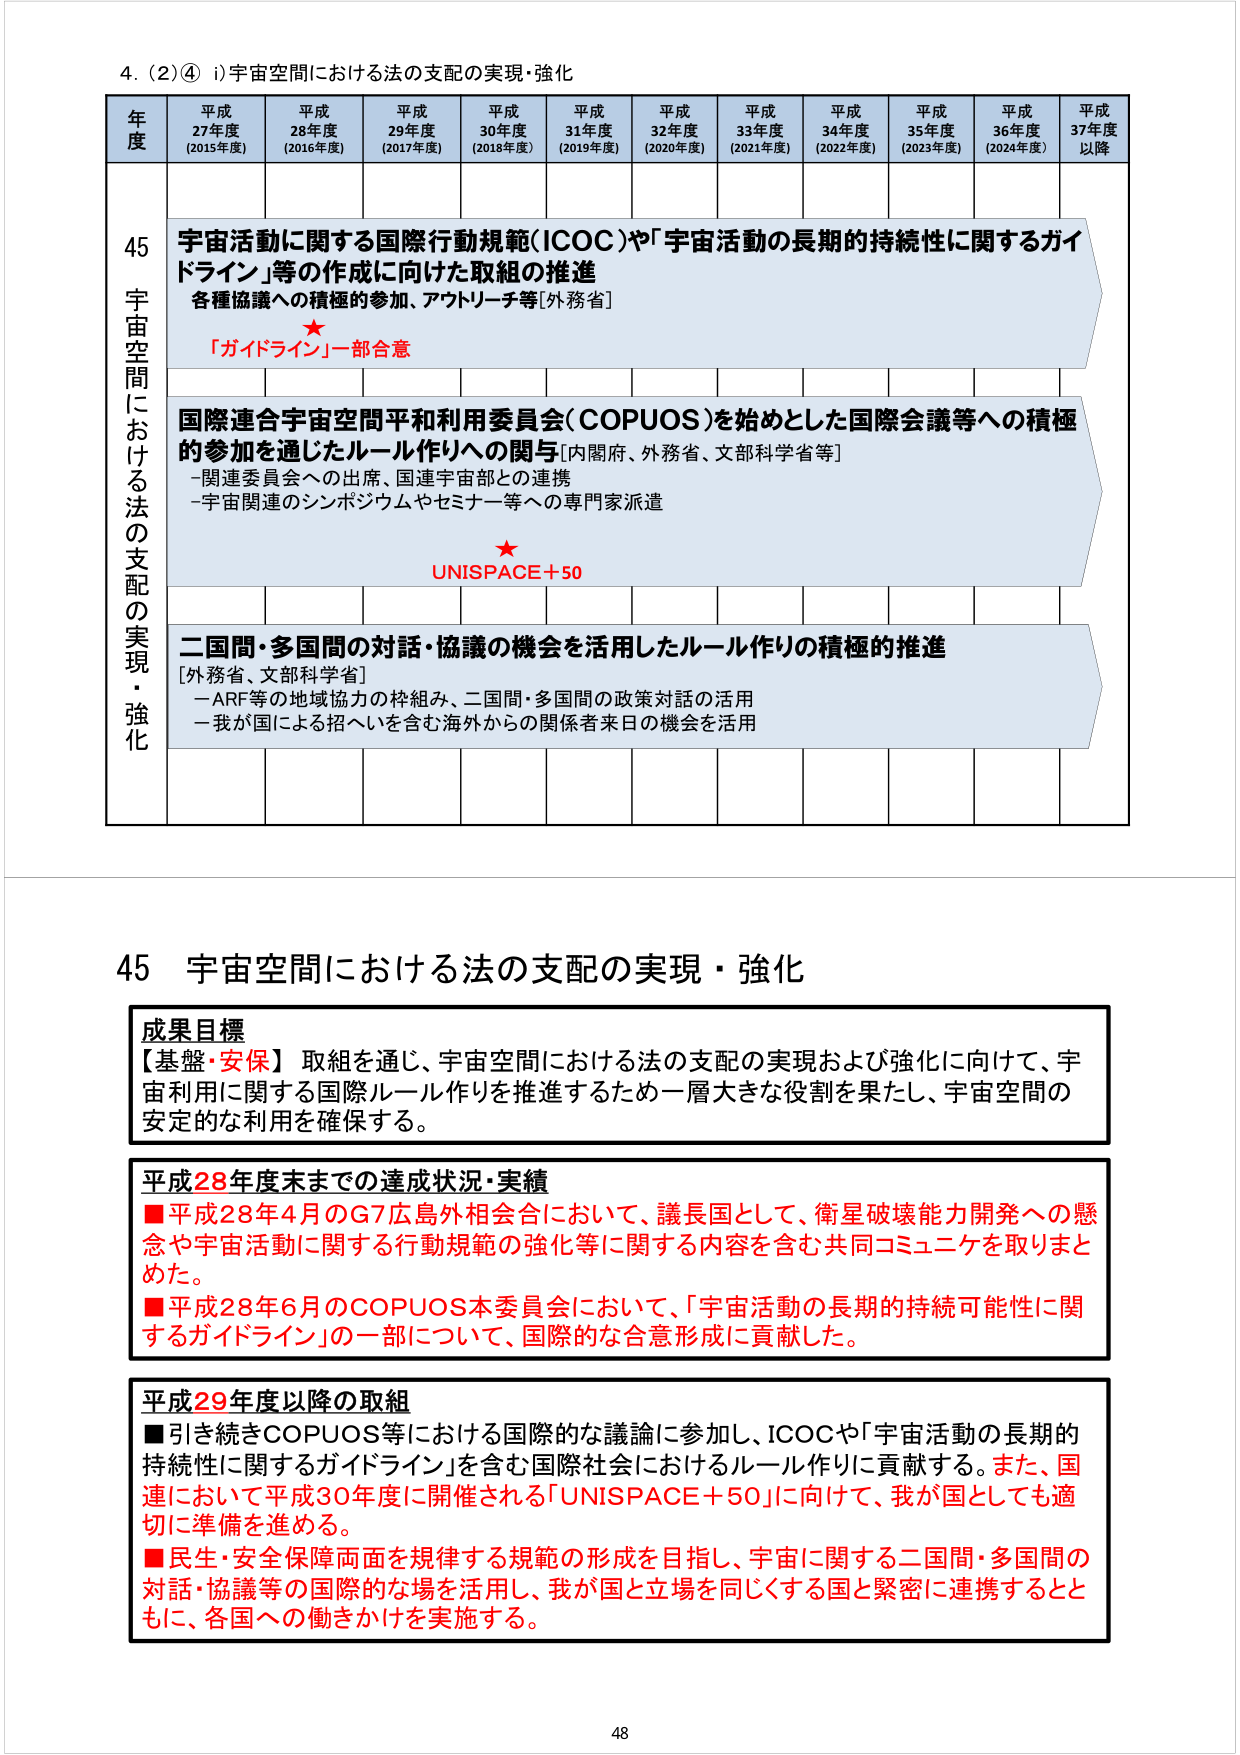
4. (2)④ i)宇宙空間における法の支配の実現・強化

年度 平成27年度 (2015年度) 平成28年度 (2016年度) 平成29年度 (2017年度) 平成30年度 (2018年度) 平成31年度 (2019年度) 平成32年度 (2020年度) 平成33年度 (2021年度) 平成34年度 (2022年度) 平成35年度 (2023年度) 平成36年度 (2024年度) 平成37年度以降

45 宇宙空間における法の支配の実現・強化

宇宙活動に関する国際行動規範(ICOC)や「宇宙活動の長期的持続性に関するガイドライン」等の作成に向けた取組の推進
各種協議への積極的参加、アウトリーチ等[外務省]
「ガイドライン」一部合意

国際連合宇宙空間平和利用委員会(COPUOS)を始めとした国際会議等への積極的参加を通じたルール作りへの関与[内閣府、外務省、文部科学省等]
- 関連委員会への出席、国連宇宙部との連携
- 宇宙関連のシンポジウムやセミナー等への専門家派遣
UNISPACE+50

二国間・多国間の対話・協議の機会を活用したルール作りの積極的推進
[外務省、文部科学省]
- ARF等の地域協力の枠組み、二国間・多国間の政策対話の活用
- 我が国による招へいを含む海外からの関係者来日の機会を活用

45 宇宙空間における法の支配の実現・強化

成果目標
【基盤・安保】取組を通じ、宇宙空間における法の支配の実現および強化に向けて、宇宙利用に関する国際ルール作りを推進するため一層大きな役割を果たし、宇宙空間の安定的な利用を確保する。

平成28年度末までの達成状況・実績
■平成28年4月のG7広島外相会合において、議長国として、衛星破壊能力開発への懸念や宇宙活動に関する行動規範の強化等に関する内容を含む共同コミュニケを取りまとめた。
■平成28年6月のCOPUOS本委員会において、「宇宙活動の長期的持続可能性に関するガイドライン」の一部について、国際的な合意形成に貢献した。

平成29年度以降の取組
■引き続きCOPUOS等における国際的な議論に参加し、ICOCや「宇宙活動の長期的持続性に関するガイドライン」を含む国際社会におけるルール作りに貢献する。また、国連において平成30年度に開催される「UNISPACE+50」に向けて、我が国としても適切に準備を進める。
■民生・安全保障両面を規律する規範の形成を目指し、宇宙に関する二国間・多国間の対話・協議等の国際的な場を活用し、我が国と立場を同じくする国と緊密に連携するとともに、各国への働きかけを実施する。

48